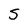
Character: S